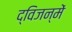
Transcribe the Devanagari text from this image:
द्विजन्में